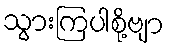
သွားကြပါစို့ဗျာ